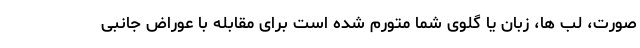
صورت، لب ها، زبان یا گلوی شما متورم شده است برای مقابله با عوراض جانبی